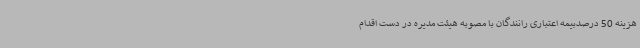
هزینه 50 درصدبیمه اعتباری رانندگان با مصوبه هیئت مدیره در دست اقدام